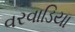
વરવાડિયા